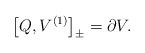
\begin{align*}\big [ Q , V^{(1)}\big{]}_{\pm} = \partial V.\end{align*}